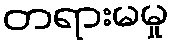
တရားမမှု